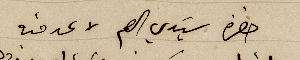
حضرة سَيدي العم لا عد منه